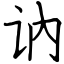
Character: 讷